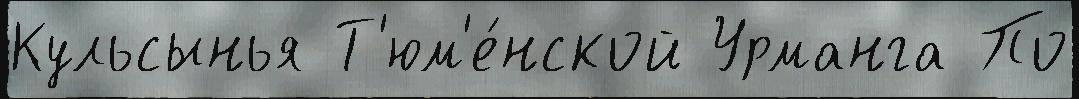
Кульсынья Т'юм'е́нской Урманга По